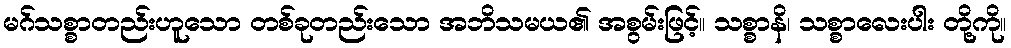
မဂ်သစ္စာတည်းဟူသော တစ်ခုတည်းသော အဘိသမယ၏ အစွမ်းဖြင့်။ သစ္စာနိ၊ သစ္စာလေးပါး တို့ကို။